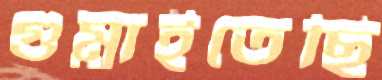
গুম্‌রাইতেছি